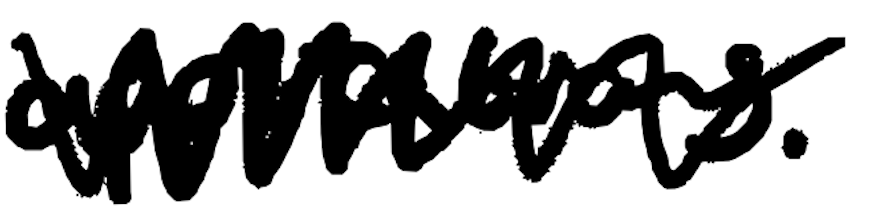
Text: applications.
Cross-out: zig-zag
Writing tool: digital_black